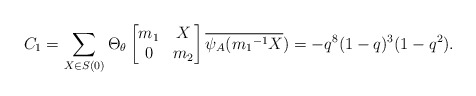
\begin{align*} C_1=\sum_{X \in S(0)}\Theta_{\theta} \begin{bmatrix} m_1 & X\\ 0 & m_2\end{bmatrix}\overline{\psi_A({m_1}^{-1}X})=-q^{8}(1-q)^3(1-q^2).\end{align*}